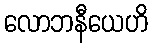
လောဘနီယေဟိ